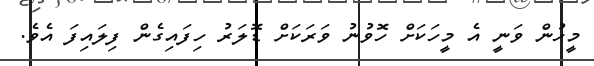
މީހުން ވަނީ އެ މީހަކަށް ހޮވުނު ވަރަކަށް ޑޮލަރު ހިފައިގެން ފިލައިފަ އެވެ.